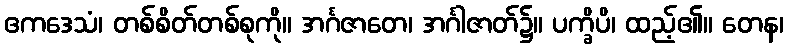
ဧကဒေသံ၊ တစ်စိတ်တစ်စုကို။ အင်္ဂဇာတေ၊ အင်္ဂါဇာတ်၌။ ပက္ခိပိ၊ ထည့်၏။ တေန၊